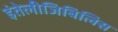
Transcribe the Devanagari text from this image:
इंतेलीजिबिलिस